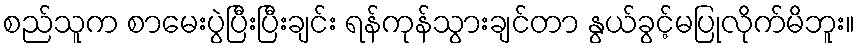
စည်သူက စာမေးပွဲပြီးပြီးချင်း ရန်ကုန်သွားချင်တာ နွယ်ခွင့်မပြုလိုက်မိဘူး။